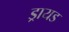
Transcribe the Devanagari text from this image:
ड्रायड